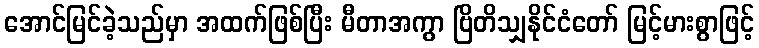
အောင်မြင်ခဲ့သည်မှာ အထက်ဖြစ်ပြီး မီတာအကွာ ဗြိတိသျှနိုင်ငံတော် မြင့်မားစွာဖြင့်